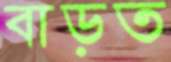
বাড়ত